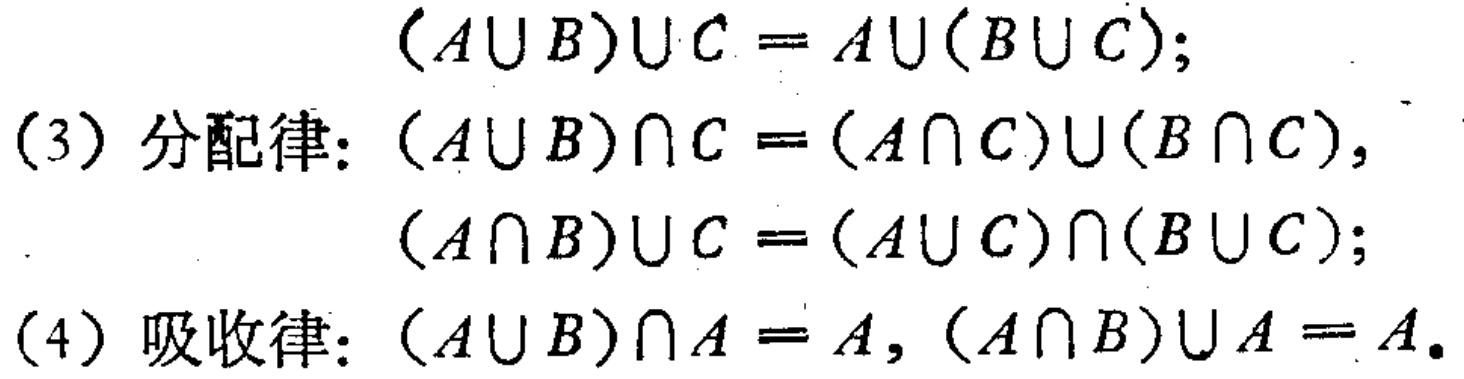
\((A\cup B)\cup C = A\cup(B\cup C);\)

(3) 分配律: \((A\cup B)\cap C = (A\cap C)\cup(B\cap C),\)

\((A\cap B)\cup C = (A\cup C)\cap(B\cup C);\)

(4) 吸收律: \((A\cup B)\cap A = A, (A\cap B)\cup A = A.\)